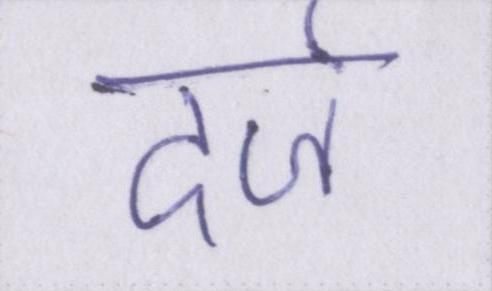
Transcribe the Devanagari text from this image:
दर्ज